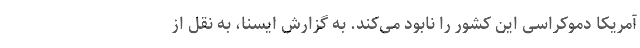
آمریکا دموکراسی این کشور را نابود می‌کند. به گزارش ایسنا، به نقل از